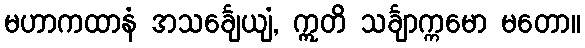
မဟာကထာနံ အသင်္ချေယျံ, ဣတိ သင်္ချာက္ကမော မတော။